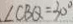
\angle C B Q = 3 0 ^ { \circ }